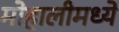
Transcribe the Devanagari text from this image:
मोहालीमध्ये